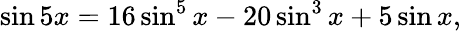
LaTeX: \sin 5x=16\sin^{5}x-20\sin^{3}x+5\sin x,